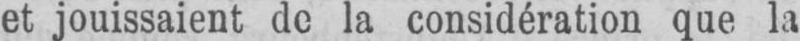
et jouissaient de la considération que la